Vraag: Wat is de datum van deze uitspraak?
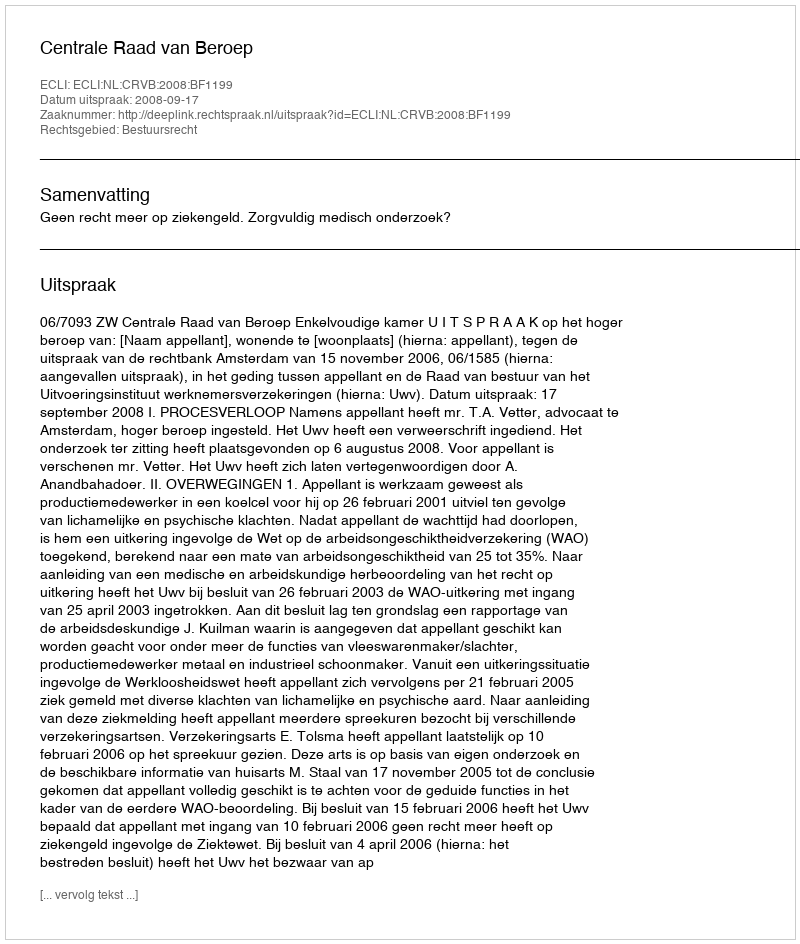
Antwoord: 2008-09-17